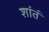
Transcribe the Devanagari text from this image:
शांतं